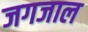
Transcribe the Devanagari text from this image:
जगजाल